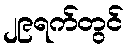
၂၉ရက်တွင်